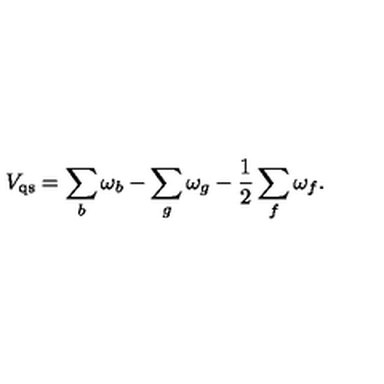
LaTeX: V _ { \mathrm { q s } } = \sum _ { b } \omega _ { b } - \sum _ { g } \omega _ { g } - \frac { 1 } { 2 } \sum _ { f } \omega _ { f } .